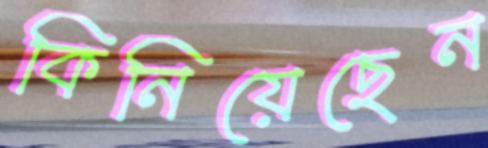
কিনিয়েছেন